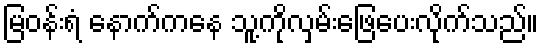
မြဝန်းရံ နောက်ကနေ သူ့ကိုလှမ်းဖြေပေးလိုက်သည်။